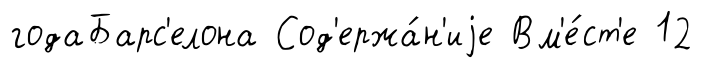
годаБарс'елона Сод'ержа́н'иjе Вм'е́ст'е 12